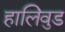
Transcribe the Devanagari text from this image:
हालिवुड